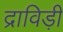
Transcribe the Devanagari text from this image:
द्राविड़ी